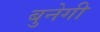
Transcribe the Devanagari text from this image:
बुनेगी